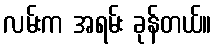
လမ်းက အရမ်း ခုန်တယ်။